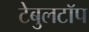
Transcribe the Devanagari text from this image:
टेबुलटॉप